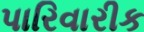
પારિવારીક